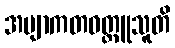
အဗျာကတဝတ္ထူသူတိ